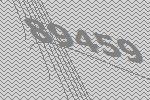
89459